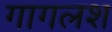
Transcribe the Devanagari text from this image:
गागलश